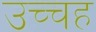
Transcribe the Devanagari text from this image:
उच्चह